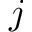
j